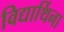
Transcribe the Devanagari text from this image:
विद्यार्थिना